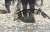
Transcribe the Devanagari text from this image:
खेमचन्दजींच्या